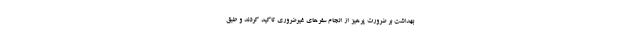
بهداشت بر ضرورت پرهیز از انجام سفرهای غیرضروری تاکید کردند و طبق